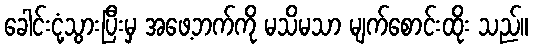
ခေါင်းငုံ့သွားပြီးမှ အဖေ့ဘက်ကို မသိမသာ မျက်စောင်းထိုး သည်။